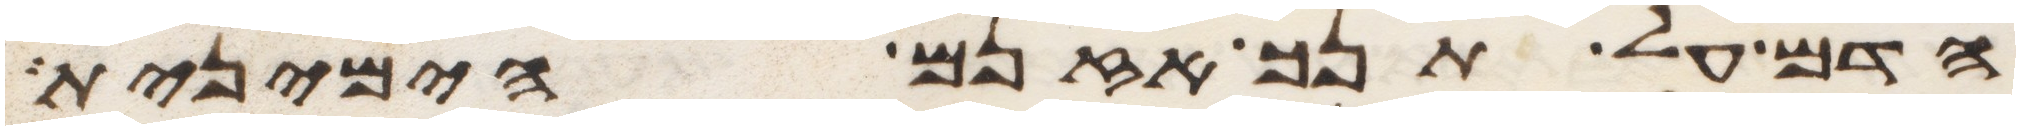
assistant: הדם על תנך אזנם הימנית